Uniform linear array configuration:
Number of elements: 8
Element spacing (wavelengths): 0.75
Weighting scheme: hann
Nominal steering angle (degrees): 30
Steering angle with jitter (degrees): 31.304
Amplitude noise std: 0.05
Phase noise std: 0.05

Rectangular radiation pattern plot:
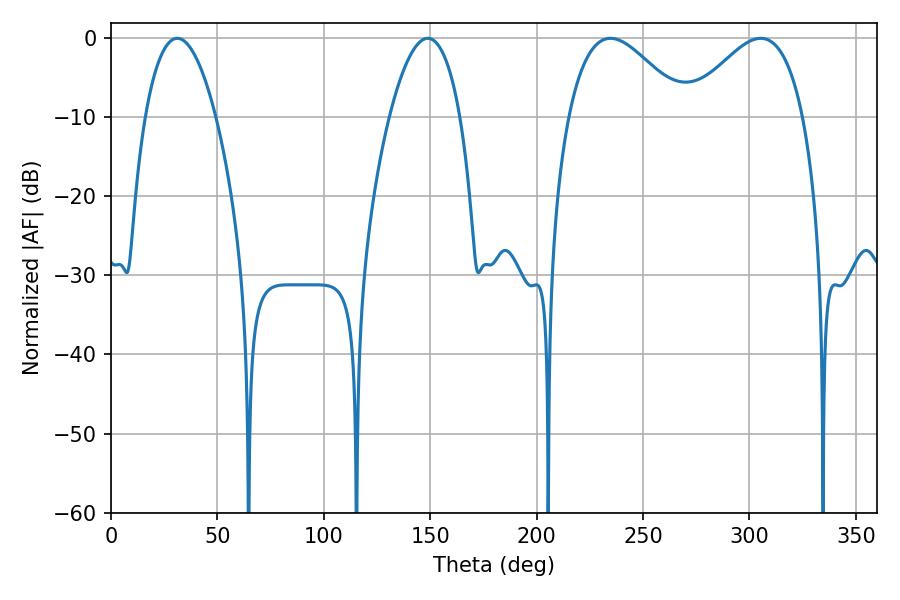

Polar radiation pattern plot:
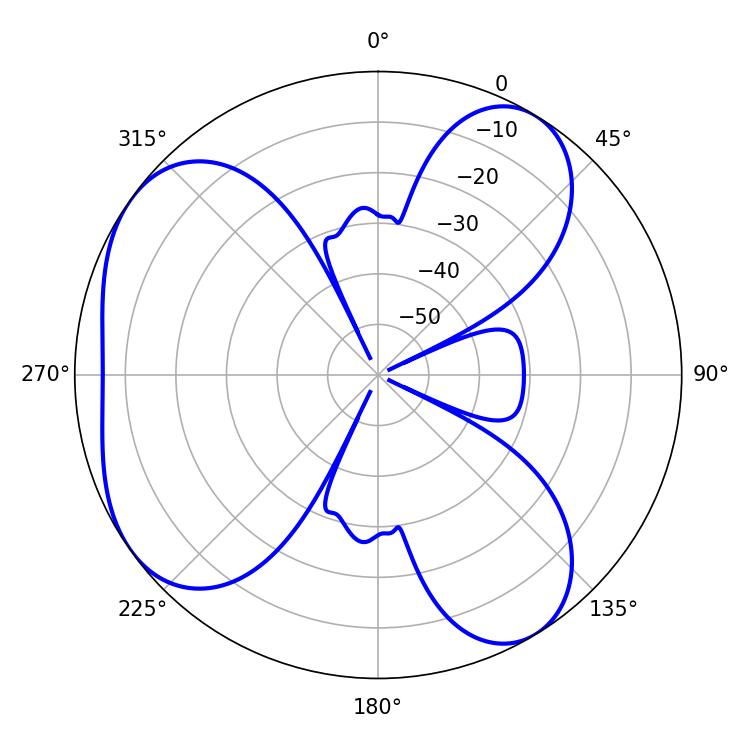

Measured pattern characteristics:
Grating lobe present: TRUE
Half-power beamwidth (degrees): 18.54
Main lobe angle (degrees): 31.14